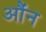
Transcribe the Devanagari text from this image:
औंन